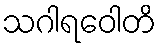
သဂါရဝေါတိ